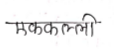
मजकूर: एककल्ली